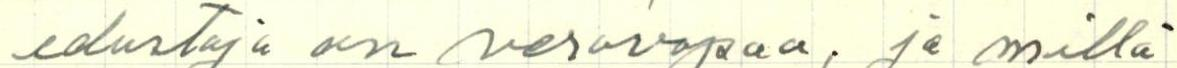
edustaja on verovapaa, ja millä